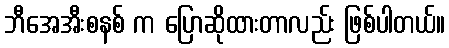
ဘီအေအီးစနစ် က ပြောဆိုထားတာလည်း ဖြစ်ပါတယ်။